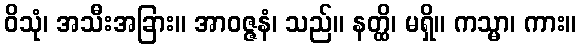
ဝိသုံ၊ အသီးအခြား။ အာဝဇ္ဇနံ၊ သည်။ နတ္ထိ၊ မရှိ။ ကသ္မာ၊ ကား။